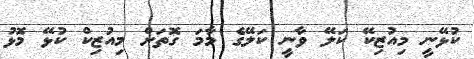
ކުޅޭނީ މިއުޒިކޭ ކަލޭ ވާނީ ކަލޭގެ މާމަ ގޮތަށް މިއުޒިކް ކުޅޭ މޮޅު